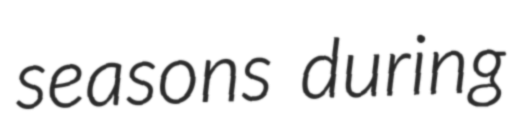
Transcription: seasons during